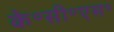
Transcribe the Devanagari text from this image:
के॰सी॰एस॰